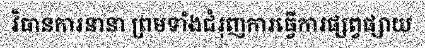
វិធានការនានា ព្រមទាំងជំរុញការធ្វើការផ្សព្វផ្សាយ